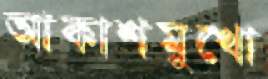
আকাশমুখো